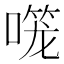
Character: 𱔌